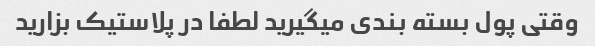
وقتی پول بسته بندی میگیرید لطفا در پلاستیک بزارید